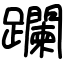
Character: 躝